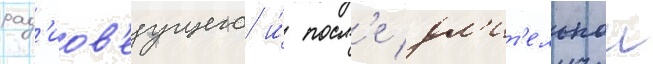
рад'иов'едущего и́ посл'е дл'ит'ельнои